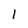
Character: l